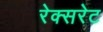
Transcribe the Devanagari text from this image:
रेक्सरेट